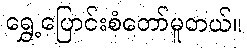
ရွှေ့ပြောင်းစံတော်မူတယ်။